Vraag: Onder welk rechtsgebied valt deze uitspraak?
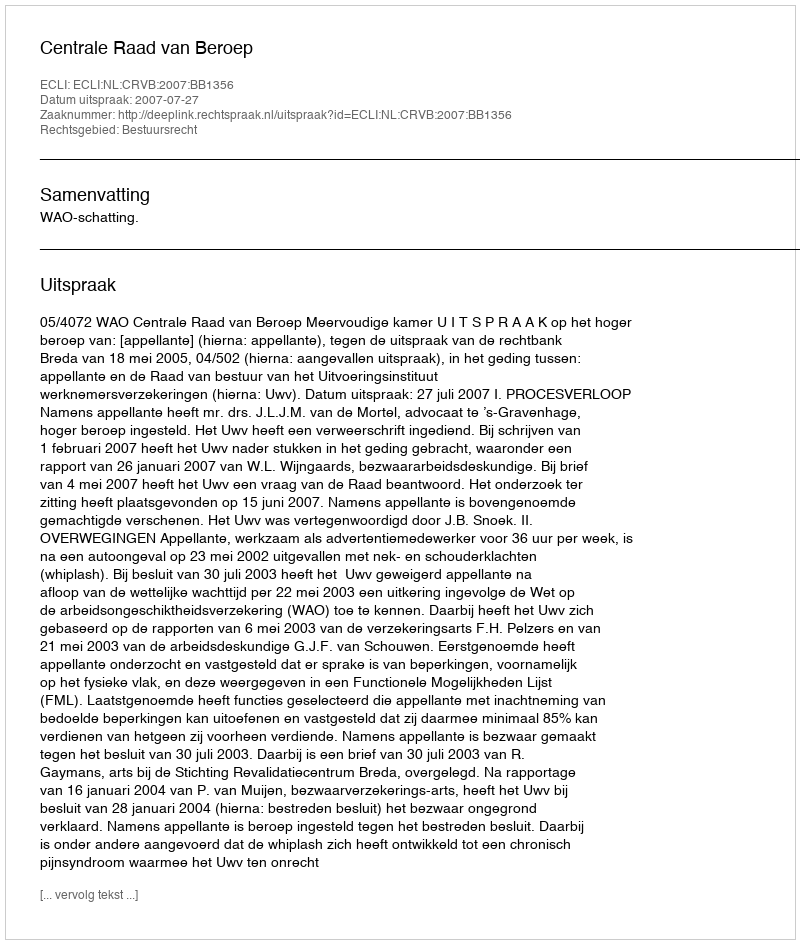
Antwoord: Bestuursrecht